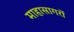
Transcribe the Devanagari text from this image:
माहासागरों